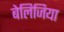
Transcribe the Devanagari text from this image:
बेलिजिया